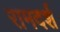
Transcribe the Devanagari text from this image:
रामदर्श